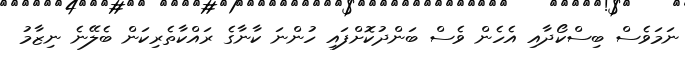
ނަމަވެސް ބިސްކޯދާއި އެހެން ވެސް ބަންދުކޮށްފައި ހުންނަ ކާނާގެ ރައްކާތެރިކަން ބެލޭނެ ނިޒާމު